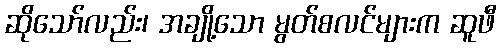
ဆိုသော်လည်း၊ အချို့သော မွတ်စလင်များက ဆူဖီ